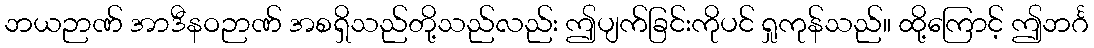
ဘယဉာဏ် အာဒီနဝဉာဏ် အစရှိသည်တို့သည်လည်း ဤပျက်ခြင်းကိုပင် ရှုကုန်သည်။ ထို့ကြောင့် ဤဘင်္ဂ